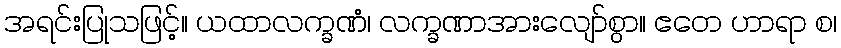
အရင်းပြုသဖြင့်။ ယထာလက္ခဏံ၊ လက္ခဏာအားလျော်စွာ။ ဧတေ ဟာရာ စ၊